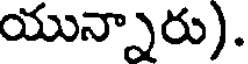
యున్నారు).